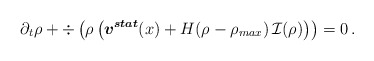
\begin{align*} \partial_t \rho + \div \left( \rho \left( \boldsymbol{v^{stat}} (x) + H(\rho - \rho_{max}) \, \mathcal{I} (\rho) \right) \right) = 0 \,.\end{align*}